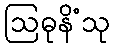
ဩဓုနိံသု